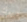
ديوك